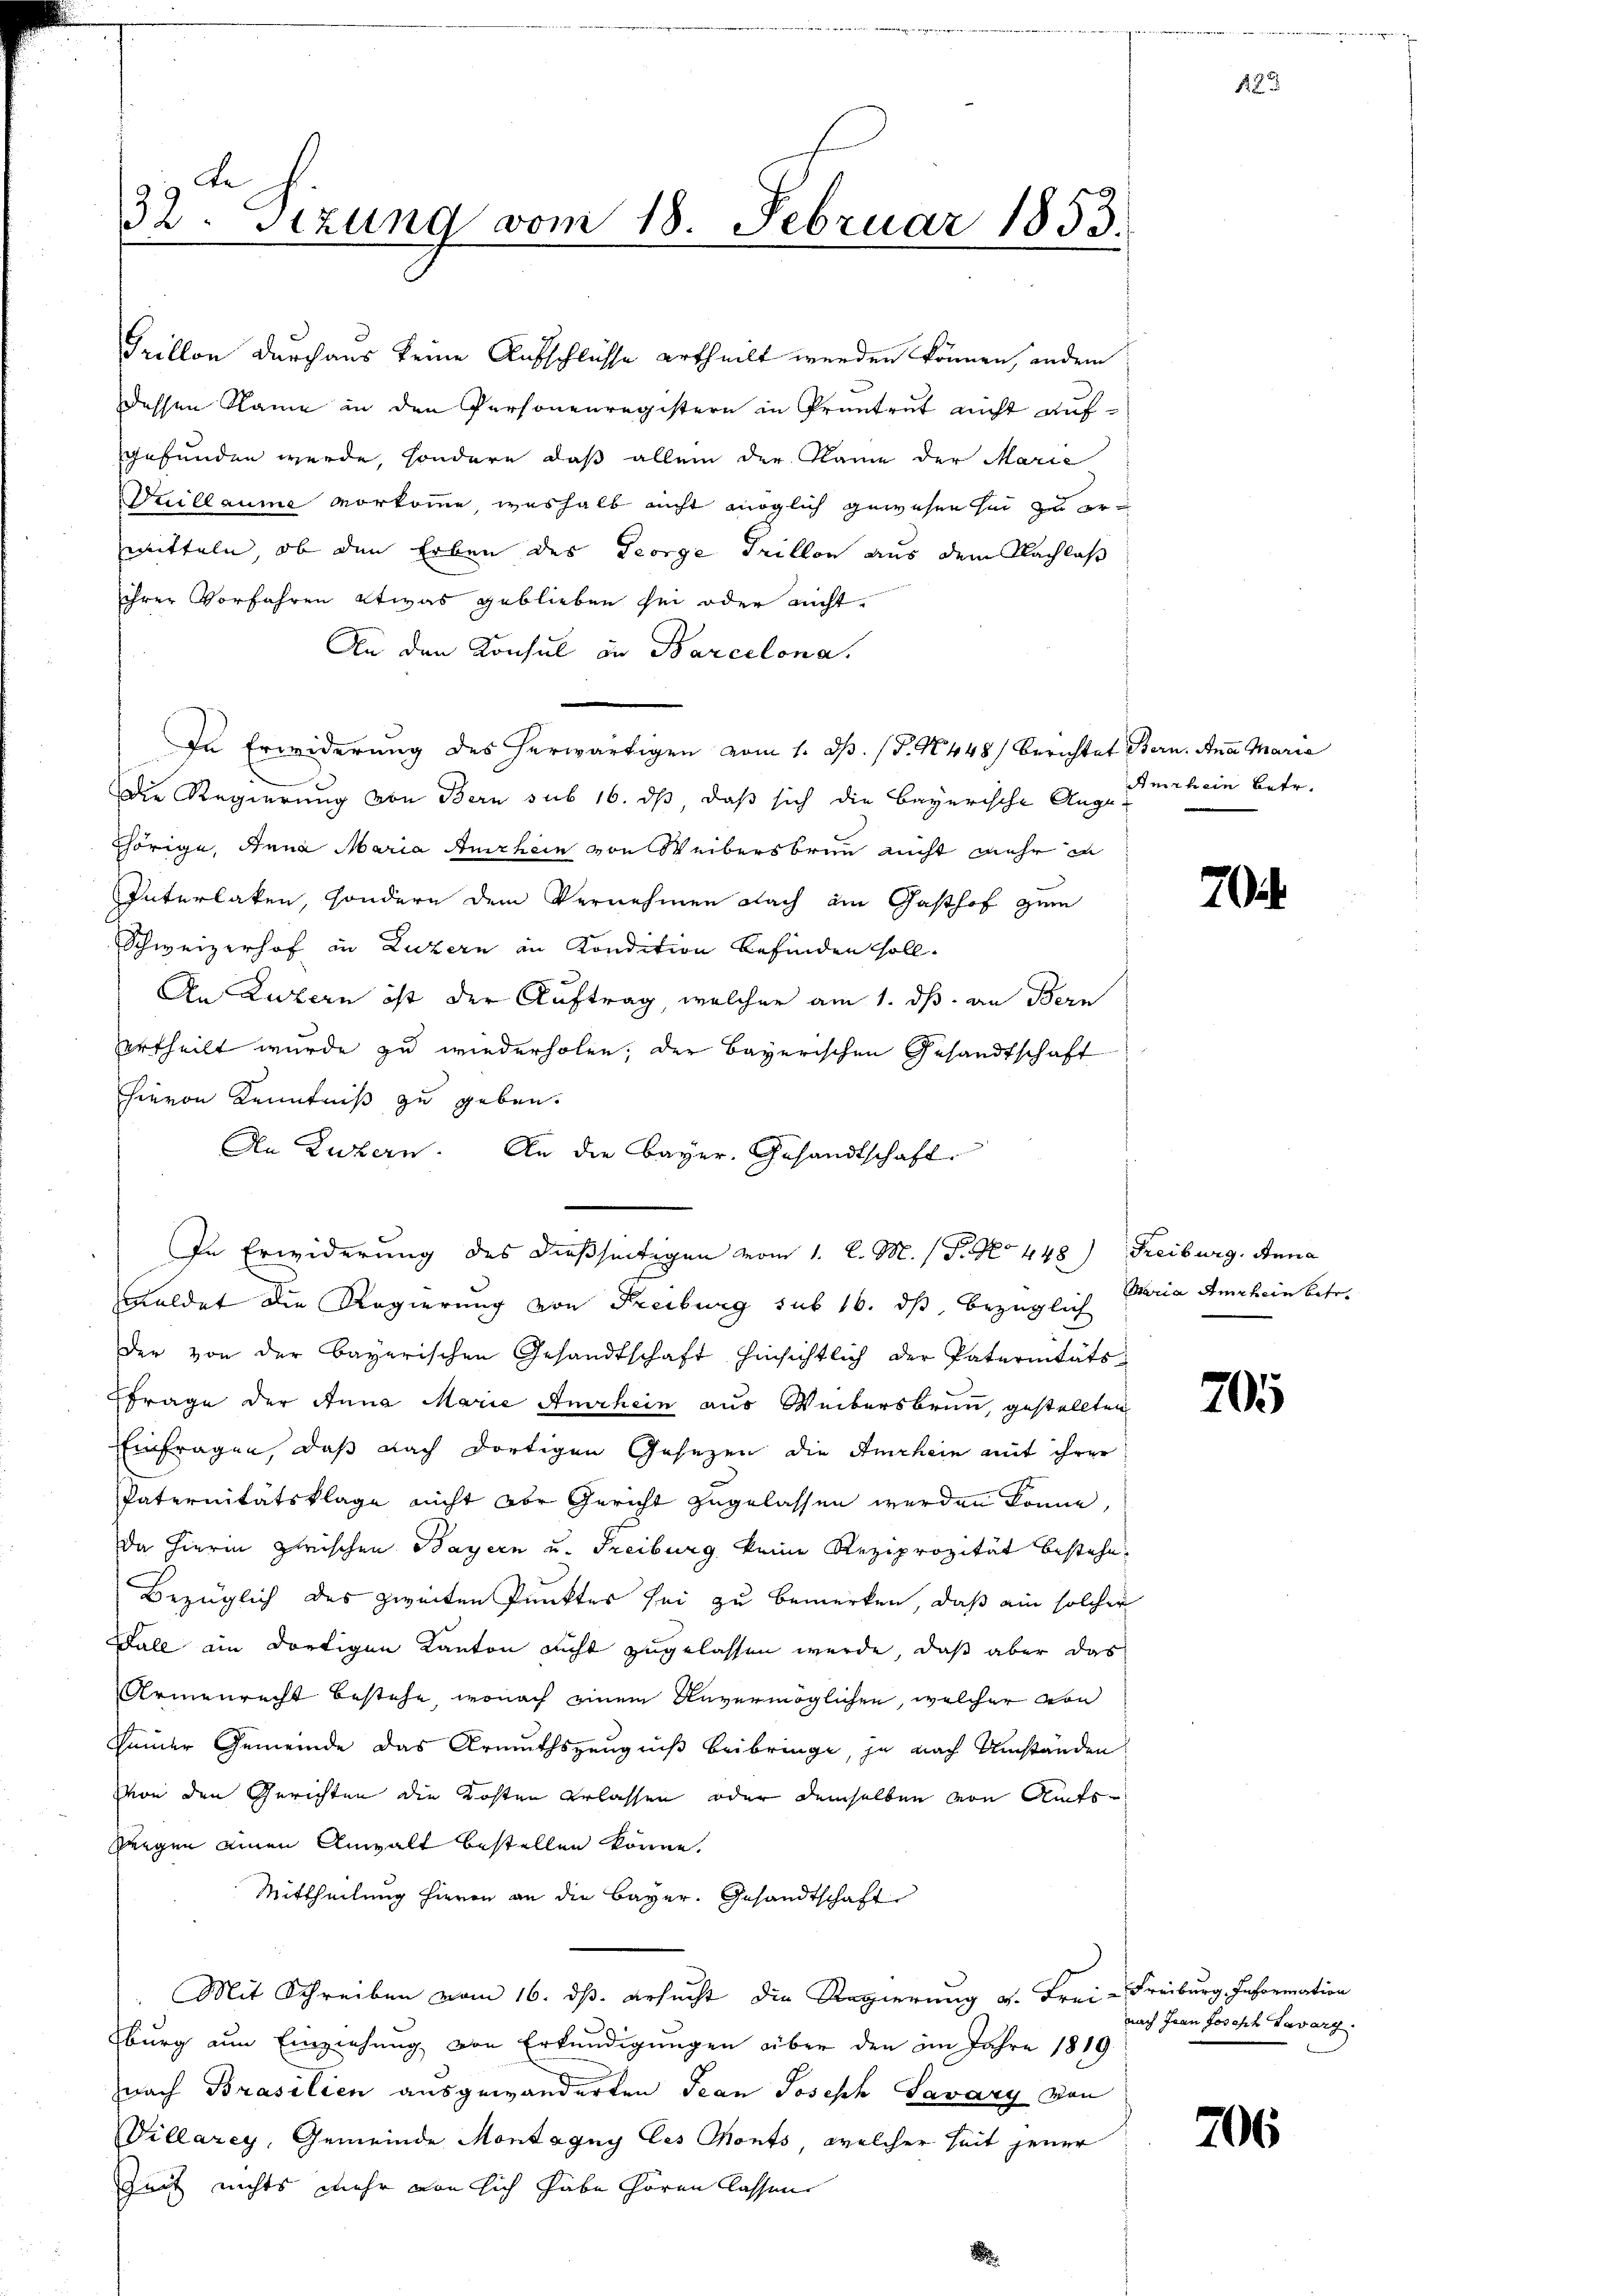
Grillon durchaus keine Aufschlüsse urtheilt werden können, indern
dessen Name in den Personenregistern in Pruntrut nicht aufgefunden werde, sondern daß allein der Name der Marie
Duillaume vorkomme, weshalb nicht möglich gewesen her zu erwitteln, ob den Erben des George Grillon aus dem Nachlass
ihrer Vorfahren etwas geblieben sei oder nicht.
An den Konsul in Barcelona.
In Erwiderung des herwärtigen vom 1. ds. (T. N. 448) Berichtet Bern. Anna Maria
Die Regierung von Bern sub 16. ds, daß sich die Bayerische Auge
thörige, Anna Maria Amrhein von Weibersbrunn nicht mehr in
Interlaken, sondern dem Vernehmen nach ain Gasthof zum
Schweizerhof in Luzern in Kondition befinden soll.
An Luzern ist der Auftrag, welcher am 1. ds. an Bern
ertheilt wurde zu wiederholen; der Bayerischen Gesandtschaft
hievon Kenntniß zu geben.
An Luzern. An die Bayer, Gesandtschaft
In Erwiderung des dießseitigen vom 1. l. M. (T. No 448) Freiburg. Anna
Kuldet die Regierung von Freiburg sub 16. ds, bezüglich Maria Amrhein betr.
der von der bayerischen Gesandtschaft hinsichtlich der Paternitäts-
Ffrage der Anna Marie Amrhein aus Weibersbrunn, gestellten
Einfragen, daß nach dortigen Gesezen die Amrhein mit ihrer
Paternitätsklage nicht aber Gericht zugelassen werden könne,
Da hierin zwischen Bayern u. Freiburg keine Reziprozität bestehe.
Bezüglich des zweiten Punktes sei zu bemerken, daß ein solcher
Fall ein dortigen Kanton nicht zugelassen werde, daß aber das
Armenrecht bestehe, wonach einem Anvermöglichen, welcher von
sender Gemeinde das Armuthszeugniß beibringe, je nach Umständen
Von den Gerichten die Kosten erlassen oder demselben von Amts¬
Seegen einen Anwalt bestellen könne.
Mittheilung hievon an die Bayer. Gesandtschaft
Mit Schreiben vom 16. ds. ersucht die Regierung v. Frei-Freiburg, Information
sburg an Einziehung von Erkundigungen über den im Jahre 1819
nach Brasilien ausgewänderten Jean Joseph Savary von
Villarey, Gemeinde Montagny les Monts, welcher seit jener
Zeit nichts mehr von sich habe hören lassen

32. Sezung vom 18. Februar 1853.

Amrhein betr.

70

705

nach Frau Joseph Savarg.

706